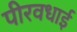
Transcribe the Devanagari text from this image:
पीरवधाई